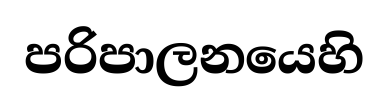
පරිපාලනයෙහි